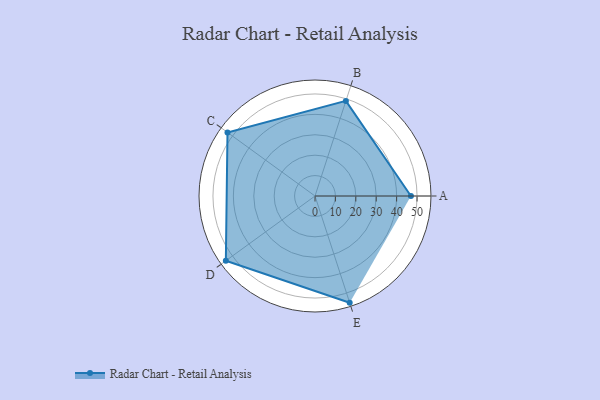
{"axis": {"x": "Skill", "y": "Score"}, "legend": ["Profile"], "data": [{"x": "A", "y": 47.0, "type": "Profile"}, {"x": "B", "y": 49.0, "type": "Profile"}, {"x": "C", "y": 53.0, "type": "Profile"}, {"x": "D", "y": 54.0, "type": "Profile"}, {"x": "E", "y": 55.0, "type": "Profile"}]}